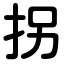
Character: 拐